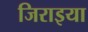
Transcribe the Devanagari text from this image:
जिराइया